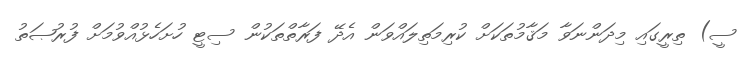
ސީ) ތިރީގައި މިދަންނަވާ މަޤާމުތަކަށް ކުރިމަތިލައްވަން އެދޭ ފަރާތްތަކުން ސިޓީ ހުށަހެޅުއްވުމަށް ފުރުޞަތު